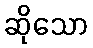
ဆိုသော